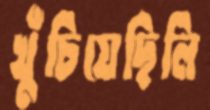
খুঁচিয়েছিলি